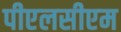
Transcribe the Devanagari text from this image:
पीएलसीएम